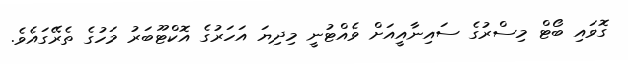
ގޮވައި ބޯޓް މިސްރުގެ ސައިނާއީއަށް ވެއްޓުނީ މިދިޔަ އަހަރުގެ އޮކްޓޫބަރު މަހުގެ ތެރޭގައެވެ.